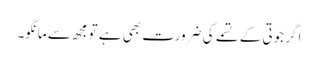
اگر جوتی کے تسمے کی ضرورت بھی ہے تو مجھ سے مانگو۔